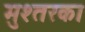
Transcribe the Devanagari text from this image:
मुश्तरका